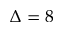
\Delta = 8